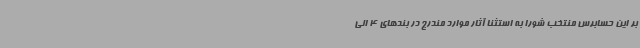
بر این حسابرس منتخب شورا به استثنا آثار موارد مندرج در بندهای 4 الی